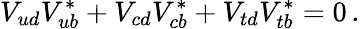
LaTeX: V_{ud}V_{ub}^{*}+V_{cd}V_{cb}^{*}+V_{td}V_{tb}^{*}=0\, .